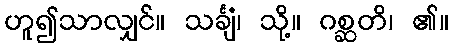
ဟူ၍သာလျှင်။ သင်္ချံ၊ သို့။ ဂစ္ဆတိ၊ ၏။